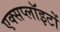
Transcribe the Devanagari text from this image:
एक्सप्लॉइटों